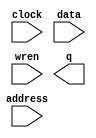
// megafunction wizard: %LPM_RAM_DQ%VBB%
// GENERATION: STANDARD
// VERSION: WM1.0
// MODULE: altsyncram 

// ============================================================
// Megafunction Name(s):
// 			altsyncram
// ============================================================
// ************************************************************
// THIS IS A WIZARD-GENERATED FILE. DO NOT EDIT THIS FILE!
//
// 6.0 Build 202 06/20/2006 SP 1 SJ Full Version
// ************************************************************

//Copyright (C) 1991-2006 Altera Corporation
//Your use of Altera Corporation's design tools, logic functions 
//and other software and tools, and its AMPP partner logic 
//functions, and any output files any of the foregoing 
//(including device programming or simulation files), and any 
//associated documentation or information are expressly subject 
//to the terms and conditions of the Altera Program License 
//Subscription Agreement, Altera MegaCore Function License 
//Agreement, or other applicable license agreement, including, 
//without limitation, that your use is for the sole purpose of 
//programming logic devices manufactured by Altera and sold by 
//Altera or its authorized distributors.  Please refer to the 
//applicable agreement for further details.

module lpm_ram_dq0 (
	address,
	clock,
	data,
	wren,
	q);

	input	[12:0]  address;
	input	  clock;
	input	[15:0]  data;
	input	  wren;
	output	[15:0]  q;

endmodule

// ============================================================
// CNX file retrieval info
// ============================================================
// Retrieval info: PRIVATE: ADDRESSSTALL_A NUMERIC "0"
// Retrieval info: PRIVATE: AclrAddr NUMERIC "0"
// Retrieval info: PRIVATE: AclrByte NUMERIC "0"
// Retrieval info: PRIVATE: AclrData NUMERIC "0"
// Retrieval info: PRIVATE: AclrOutput NUMERIC "0"
// Retrieval info: PRIVATE: BYTE_ENABLE NUMERIC "0"
// Retrieval info: PRIVATE: BYTE_SIZE NUMERIC "8"
// Retrieval info: PRIVATE: BlankMemory NUMERIC "0"
// Retrieval info: PRIVATE: CLOCK_ENABLE_INPUT_A NUMERIC "0"
// Retrieval info: PRIVATE: CLOCK_ENABLE_OUTPUT_A NUMERIC "0"
// Retrieval info: PRIVATE: Clken NUMERIC "0"
// Retrieval info: PRIVATE: DataBusSeparated NUMERIC "1"
// Retrieval info: PRIVATE: IMPLEMENT_IN_LES NUMERIC "0"
// Retrieval info: PRIVATE: INIT_FILE_LAYOUT STRING "PORT_A"
// Retrieval info: PRIVATE: INIT_TO_SIM_X NUMERIC "0"
// Retrieval info: PRIVATE: INTENDED_DEVICE_FAMILY STRING "Cyclone"
// Retrieval info: PRIVATE: JTAG_ENABLED NUMERIC "0"
// Retrieval info: PRIVATE: JTAG_ID STRING "NONE"
// Retrieval info: PRIVATE: MAXIMUM_DEPTH NUMERIC "0"
// Retrieval info: PRIVATE: MIFfilename STRING "lc3_mif.mif"
// Retrieval info: PRIVATE: NUMWORDS_A NUMERIC "8192"
// Retrieval info: PRIVATE: RAM_BLOCK_TYPE NUMERIC "2"
// Retrieval info: PRIVATE: RegAddr NUMERIC "1"
// Retrieval info: PRIVATE: RegData NUMERIC "1"
// Retrieval info: PRIVATE: RegOutput NUMERIC "0"
// Retrieval info: PRIVATE: SingleClock NUMERIC "1"
// Retrieval info: PRIVATE: UseDQRAM NUMERIC "1"
// Retrieval info: PRIVATE: WRCONTROL_ACLR_A NUMERIC "0"
// Retrieval info: PRIVATE: WidthAddr NUMERIC "13"
// Retrieval info: PRIVATE: WidthData NUMERIC "16"
// Retrieval info: CONSTANT: ADDRESS_ACLR_A STRING "NONE"
// Retrieval info: CONSTANT: INDATA_ACLR_A STRING "NONE"
// Retrieval info: CONSTANT: INIT_FILE STRING "lc3_mif.mif"
// Retrieval info: CONSTANT: INTENDED_DEVICE_FAMILY STRING "Cyclone"
// Retrieval info: CONSTANT: LPM_HINT STRING "ENABLE_RUNTIME_MOD=NO"
// Retrieval info: CONSTANT: LPM_TYPE STRING "altsyncram"
// Retrieval info: CONSTANT: NUMWORDS_A NUMERIC "8192"
// Retrieval info: CONSTANT: OPERATION_MODE STRING "SINGLE_PORT"
// Retrieval info: CONSTANT: OUTDATA_ACLR_A STRING "NONE"
// Retrieval info: CONSTANT: OUTDATA_REG_A STRING "UNREGISTERED"
// Retrieval info: CONSTANT: POWER_UP_UNINITIALIZED STRING "FALSE"
// Retrieval info: CONSTANT: RAM_BLOCK_TYPE STRING "M4K"
// Retrieval info: CONSTANT: WIDTHAD_A NUMERIC "13"
// Retrieval info: CONSTANT: WIDTH_A NUMERIC "16"
// Retrieval info: CONSTANT: WIDTH_BYTEENA_A NUMERIC "1"
// Retrieval info: CONSTANT: WRCONTROL_ACLR_A STRING "NONE"
// Retrieval info: USED_PORT: address 0 0 13 0 INPUT NODEFVAL address[12..0]
// Retrieval info: USED_PORT: clock 0 0 0 0 INPUT NODEFVAL clock
// Retrieval info: USED_PORT: data 0 0 16 0 INPUT NODEFVAL data[15..0]
// Retrieval info: USED_PORT: q 0 0 16 0 OUTPUT NODEFVAL q[15..0]
// Retrieval info: USED_PORT: wren 0 0 0 0 INPUT NODEFVAL wren
// Retrieval info: CONNECT: @address_a 0 0 13 0 address 0 0 13 0
// Retrieval info: CONNECT: q 0 0 16 0 @q_a 0 0 16 0
// Retrieval info: CONNECT: @clock0 0 0 0 0 clock 0 0 0 0
// Retrieval info: CONNECT: @data_a 0 0 16 0 data 0 0 16 0
// Retrieval info: CONNECT: @wren_a 0 0 0 0 wren 0 0 0 0
// Retrieval info: LIBRARY: altera_mf altera_mf.altera_mf_components.all
// Retrieval info: GEN_FILE: TYPE_NORMAL lpm_ram_dq0.v TRUE
// Retrieval info: GEN_FILE: TYPE_NORMAL lpm_ram_dq0.inc FALSE
// Retrieval info: GEN_FILE: TYPE_NORMAL lpm_ram_dq0.cmp FALSE
// Retrieval info: GEN_FILE: TYPE_NORMAL lpm_ram_dq0.bsf TRUE FALSE
// Retrieval info: GEN_FILE: TYPE_NORMAL lpm_ram_dq0_inst.v FALSE
// Retrieval info: GEN_FILE: TYPE_NORMAL lpm_ram_dq0_bb.v TRUE